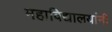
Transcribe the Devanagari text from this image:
महाविद्यालयांनी